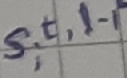
Text: s,t,l